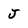
Character: J